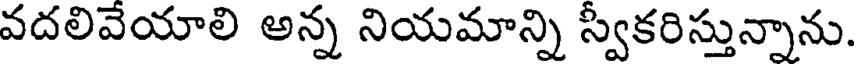
వదలివేయాలి అన్న నియమాన్ని స్వికరిస్తున్నాను.